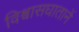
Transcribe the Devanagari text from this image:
विश्वासघातानें